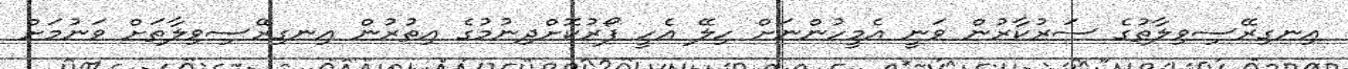
އިނގިރޭސިވިލާތުގެ ސަރުކާރުން ވަނީ އެމީހުންނަށް ހިލޭ އެހީ ފޯރުކޮށްދިނުމުގެ އިތުރުން އިނގިރޭސިވިލާތަށް ވަނުމަށް